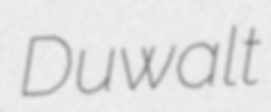
Duwalt